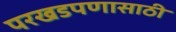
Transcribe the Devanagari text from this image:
परखडपणासाठी